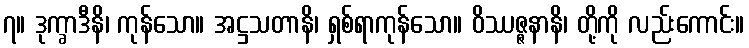
၇။ ဒုက္ခာဒီနိ၊ ကုန်သော။ အဋ္ဌသတာနိ၊ ရှစ်ရာကုန်သော။ ဝိဿဇ္ဇနာနိ၊ တို့ကို လည်းကောင်း။